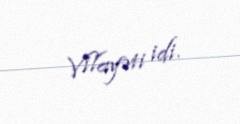
Vilayəti idi.